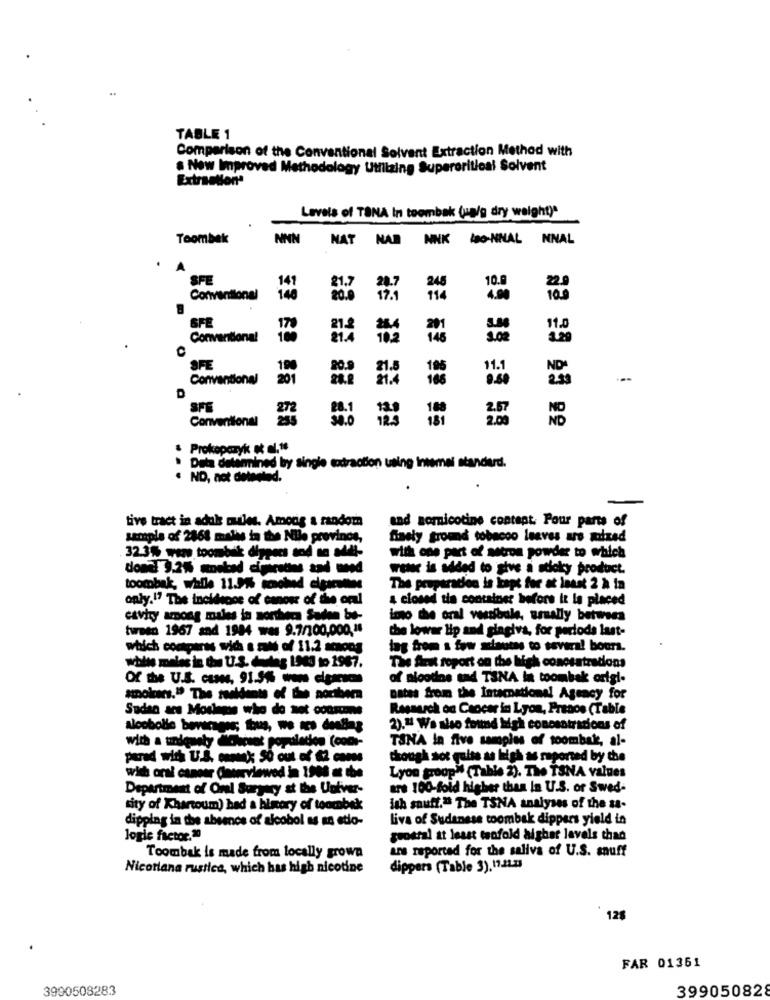
TABLE 1
Comparison of the Conventional Solvent Extraction Method with
a New Improved Methodology Utilizing Supercritical Solvent
Extraction
Levels of TONA In toombak (ualg dry weight)"
Toombek
NNN
NAT NAD NINK HBO-NNAL NNAL
A
SFE
141
27
Conventional
140
114
SFE
170
21.2
201
11.0
Conventional
100
21.4
145
3.02
IFE
100
105
11.1
Conventional
201
2.99
D
SFE
180
Conventional
30.0
181
& Prokopcryk & el.#
Deta determined by single codtraction using inmei standard.
. ND, not detested.
..
.
tive tract in adul oules. Amodig a random
and somnicotine content. Pour parts of
sample of 2868 maths ta the Nile province,
finely ground tobacco leaves are mized
32.3% ware toombék dippers and ma Mit-
with one part of Miron powder to which
water is added to give a stlaky product.
toombak, wialle 11.97% smoked cigarettes
The preparacion is kapt for at least 2 à ia
only.17 The incisoos of canosr of the oml
4 closed tis container before it la placed
cavity among males in northera Saden be-
imo the oral vosdibale, usually between
tusen 1967 and 1984 wes 9.7/100,000,18
plagiva, for periods last-
the lower lip and glacivi
which comparas wich a said of 11.2 ammons
tag from a few sciautas to several bours.
The Art report on the high conosatrations
white males in dos U.S. dileg 1900 to 1967.
Of the U.S. cases, 91.5% we ciganas
of nicotine sad TSNA in toombak origi-
amolcars." The realdents of the northern
natas from the International Agency for
Sudan ars Moslems who do not couscous
Rassarch on Cancer in Lyon, France (Table
Alcoholic beverages; thus, we aco dealing
2)."1 Wa also found high concentrations of
with a uniquesty dChipset population (coor-
TSNA In five samples of toombak, al-
parad with U.S. ommenk SÓ out of 62 cans
though not quite as high as reported by che
Lyon groop" (Table 2). The TSNA values
wish oral cancer (nwsviewed in 1908 at the
Department of Oral Surgery st the Univer-
are 100-fold higher than In U.S. or Swed-
sity of Khartoum) had a history of toombek
ish snuff." The TSNA analyses of the sa-
dipping in the absence of alcohol as an etlo-
liva of Sudanese toombak dippers yield in
Jogle factor.20
grostal at least tenfold higher levels thad
ars reported for the saliva of U.S. snuff
Toombak is made from locally grown
Nicotiana rustica, which has high nicotine
dippers (Table 3), 11.21.33
128
FAR 01361
3990508283
399050828